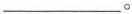
___。